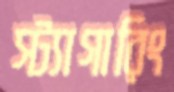
স্ট্যাগারিং